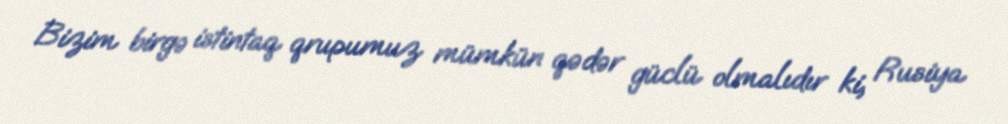
Bizim birgə istintaq qrupumuz mümkün qədər güclü olmalıdır ki, Rusiya